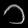
Digit: ၁